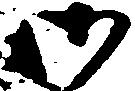
御